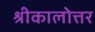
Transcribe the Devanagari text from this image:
श्रीकालोत्तर